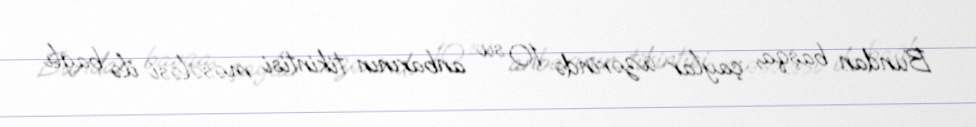
Bundan başqa, çaylar üzərində 10 su anbarının tikintisi məsələsi ilə bağlı